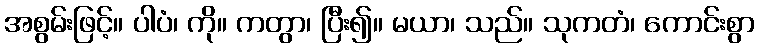
အစွမ်းဖြင့်။ ပါပံ၊ ကို။ ကတွာ၊ ပြီး၍။ မယာ၊ သည်။ သုကတံ၊ ကောင်းစွာ